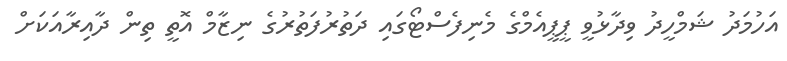
އަހުމަދު ޝަމްހީދު ވިދާޅުވީ ޕީޕީއެމްގެ މެނިފެސްޓޯގައި ދަތުރުފަތުރުގެ ނިޒާމް އޮތީ ތިން ދާއިރާއަކަށް